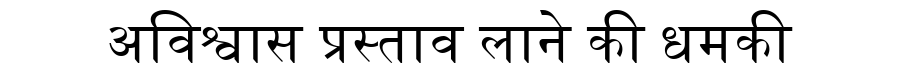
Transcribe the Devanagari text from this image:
अविश्वास प्रस्ताव लाने की धमकी